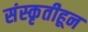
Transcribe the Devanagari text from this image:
संस्‍कृतीहून